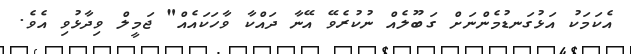
އެކަމަކު އަޅުގަނޑުމެންނަށް ގަބޫލެއް ނުކުރެވޭ އޭނާ ދައްކާ ވާހަކައެއް" ޖަމީލް ވިދާޅުވި އެވެ.